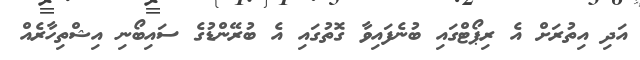
އަދި އިތުރަށް އެ ރިޕޯޓްގައި ބުނެފައިވާ ގޮތުގައި އެ ބުރޭންޑުގެ ސައިބޯނި އިޝްތިހާރެއް